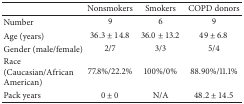
<table><thead><tr><td><b> </b></td><td><b>Nonsmokers</b></td><td><b>Smokers</b></td><td><b>COPD donors</b></td></tr></thead><tbody><tr><td>Number</td><td>9</td><td>6</td><td>9</td></tr><tr><td>Age (years)</td><td>36.3 ± 14.8</td><td>36.0 ± 13.2</td><td>49 ± 6.8</td></tr><tr><td>Gender (male/female)</td><td>2/7</td><td>3/3</td><td>5/4</td></tr><tr><td>Race (Caucasian/African American)</td><td>77.8%/22.2%</td><td>100%/0%</td><td>88.90%/11.1%</td></tr><tr><td>Pack years</td><td>0 ± 0</td><td>N/A</td><td>48.2 ± 14.5</td></tr></tbody></table>